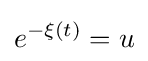
e^{-\xi (t)}=u